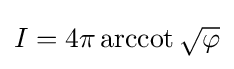
I=4\pi \operatorname {arccot} {\sqrt {\varphi }}